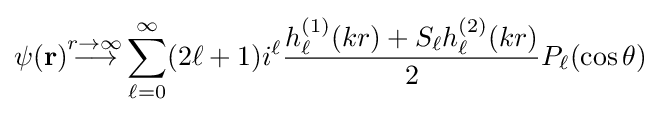
\psi (\mathbf {r} ){\stackrel {r\to \infty }{\longrightarrow }}\sum _{\ell =0}^{\infty }(2\ell +1)i^{\ell }{\frac {h_{\ell }^{(1)}(kr)+S_{\ell }h_{\ell }^{(2)}(kr)}{2}}P_{\ell }(\cos \theta )